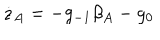
\dot { z } _ { A } = - g _ { - 1 } \beta _ { A } - g _ { 0 }